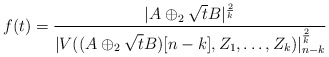
\begin{align*}f(t)=\frac{|A\oplus_2 \sqrt{t}B|^{\frac{2}{k}}}{|V((A \oplus_2 \sqrt{t}B)[n-k],Z_1, \dots, Z_k)|^{\frac{2}{k}}_{n-k}}\end{align*}